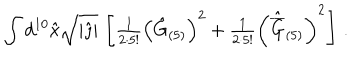
\int d ^ { 1 0 } \hat { x } \sqrt { | \hat { \jmath } | } \, \left[ { \textstyle \frac { 1 } { 2 \cdot 5 ! } } \left( \hat { G } _ { ( 5 ) } \right) ^ { 2 } + { \textstyle \frac { 1 } { 2 \cdot 5 ! } } \left( \hat { \overline { { { G } } } } _ { ( 5 ) } \right) ^ { 2 } \right] \, .